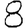
Digit: 8